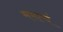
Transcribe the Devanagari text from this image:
ममत्वं